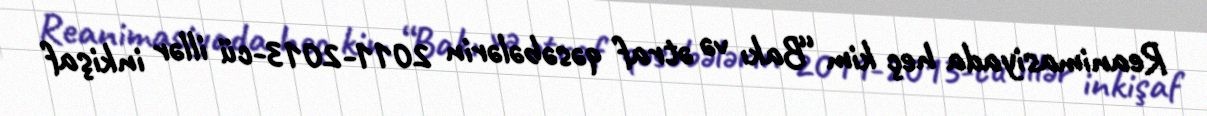
Reanimasiyada heç kim “Bakı və ətraf qəsəbələrin 2011-2013-cü illər inkişaf